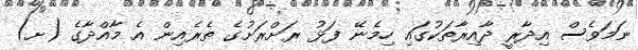
ނަމަވެސް އިދާރީ ދާއިރާތަކުގައި ހިމެނޭ ފަޅު ރަށްރަށުގެ ތެރެއިން އެ މާއްދާގެ (ށ)